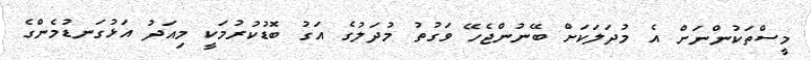
މީސްތަކުންނަށް އެ މުދަލަކަށް ބޭނުންޖެހޭ ވަގުތު މުދަލުގެ އަގު ބޮޑުކުރުމަކީ މިއަދު އަޅުގަނޑުމެންގެ